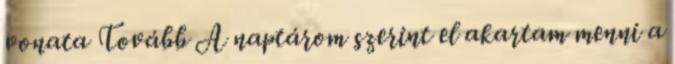
vonata Tovább A naptárom szerint el akartam menni a